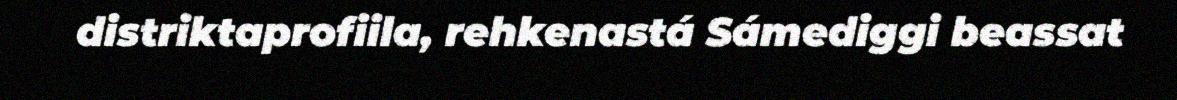
distriktaprofiila, rehkenastá Sámediggi beassat